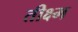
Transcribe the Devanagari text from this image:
तीक्ष्म